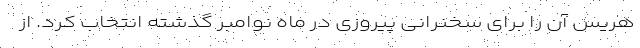
هریس آن را برای سخنرانی پیروزی در ماه نوامبر گذشته انتخاب کرد. از